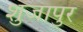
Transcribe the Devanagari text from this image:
शुजापुर